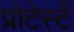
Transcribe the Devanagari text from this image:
प्रोटेस्टें